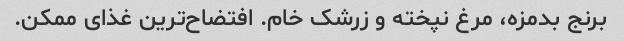
برنج بدمزه، مرغ نپخته و زرشک خام. افتضاح‌ترین غذای ممکن.